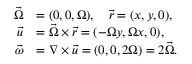
{ \begin{array} { r l } { { \vec { \Omega } } } & { = ( 0 , 0 , \Omega ) , \quad { \vec { r } } = ( x , y , 0 ) , } \\ { { \vec { u } } } & { = { \vec { \Omega } } \times { \vec { r } } = ( - \Omega y , \Omega x , 0 ) , } \\ { { \vec { \omega } } } & { = \nabla \times { \vec { u } } = ( 0 , 0 , 2 \Omega ) = 2 { \vec { \Omega } } . } \end{array} }